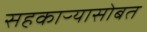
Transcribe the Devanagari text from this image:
सहकाऱ्यासोबत